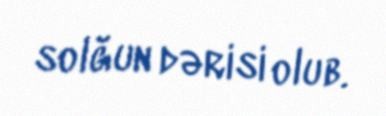
solğun dərisi olub.